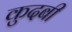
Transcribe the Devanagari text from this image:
कुदबी